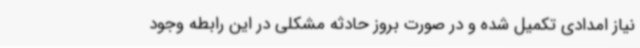
نیاز امدادی تکمیل شده و در صورت بروز حادثه مشکلی در این رابطه وجود